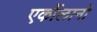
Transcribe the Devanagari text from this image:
एर्कोलानो